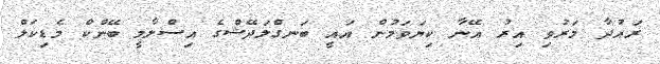
ރައުދާ މަރުވި އިރު އޭނާ ކިޔަވަމުން އައީ ބަނގްލަދޭޝްގެ އިސްލާމީ ބޭންކް މެޑިކަލް